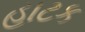
હાટક